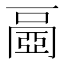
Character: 𠁐